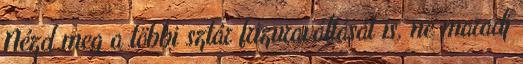
Nézd meg a többi sztár frizuraváltását is, ne maradj